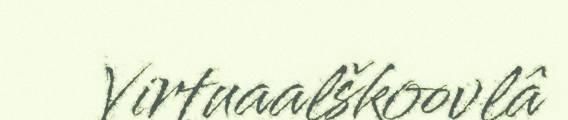
Virtuaalškoovlâ